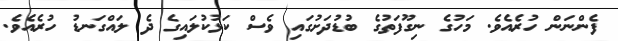
ފެންނަން ހުރެއެވެ. މަހުގެ ނިގޫފަތުގެ ބުޑުދަށުގައި ވެސް ކަޅުކުލައިގެ ދެ ލައްގަނޑު ހުރެއެވެ.